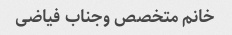
خانم متخصص وجناب فیاضی